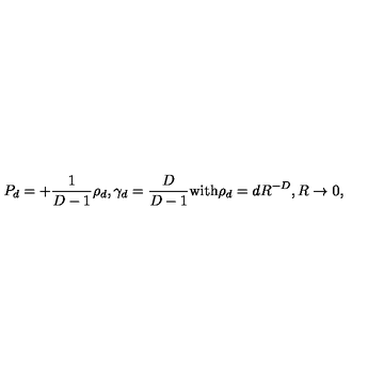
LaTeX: P _ { d } = + { \frac { 1 } { D - 1 } } \rho _ { d } , \gamma _ { d } = { \frac { D } { D - 1 } } \mathrm { w i t h } \rho _ { d } = d R ^ { - D } , R \to 0 ,